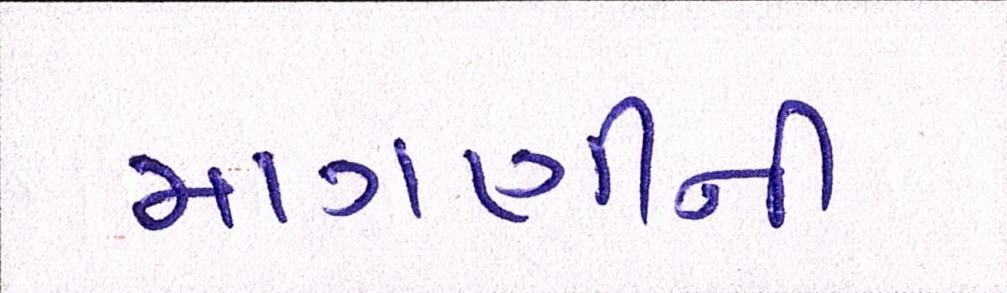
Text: માગણીની